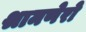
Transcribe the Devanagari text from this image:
श्रामणेरो